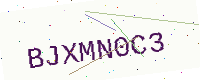
Text: BJXMN0C3